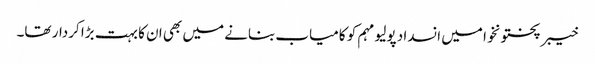
خیبر پختونخوا میں انسداد پولیو مہم کو کامیاب بنانے میں بھی ان کا بہت بڑا کردار تھا۔